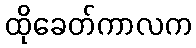
ထိုခေတ်ကာလက